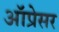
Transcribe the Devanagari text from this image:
ऑप्रेसर